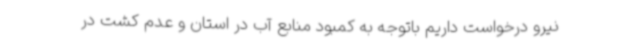
نیرو درخواست داریم باتوجه به کمبود منابع آب در استان و عدم کشت در